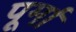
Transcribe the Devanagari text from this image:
पूर्मा